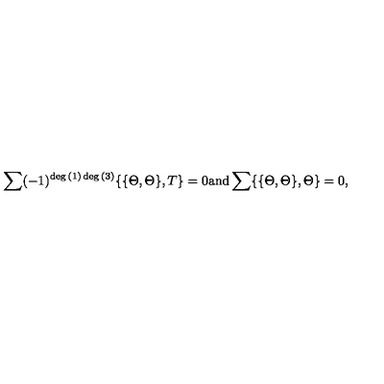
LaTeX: \sum ( - 1 ) ^ { \deg { ( 1 ) } \deg { ( 3 ) } } \{ \{ \Theta , \Theta \} , T \} = 0 \mathrm { a n d } \sum \{ \{ \Theta , \Theta \} , \Theta \} = 0 ,